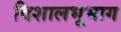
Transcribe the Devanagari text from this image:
विशालभूभाग